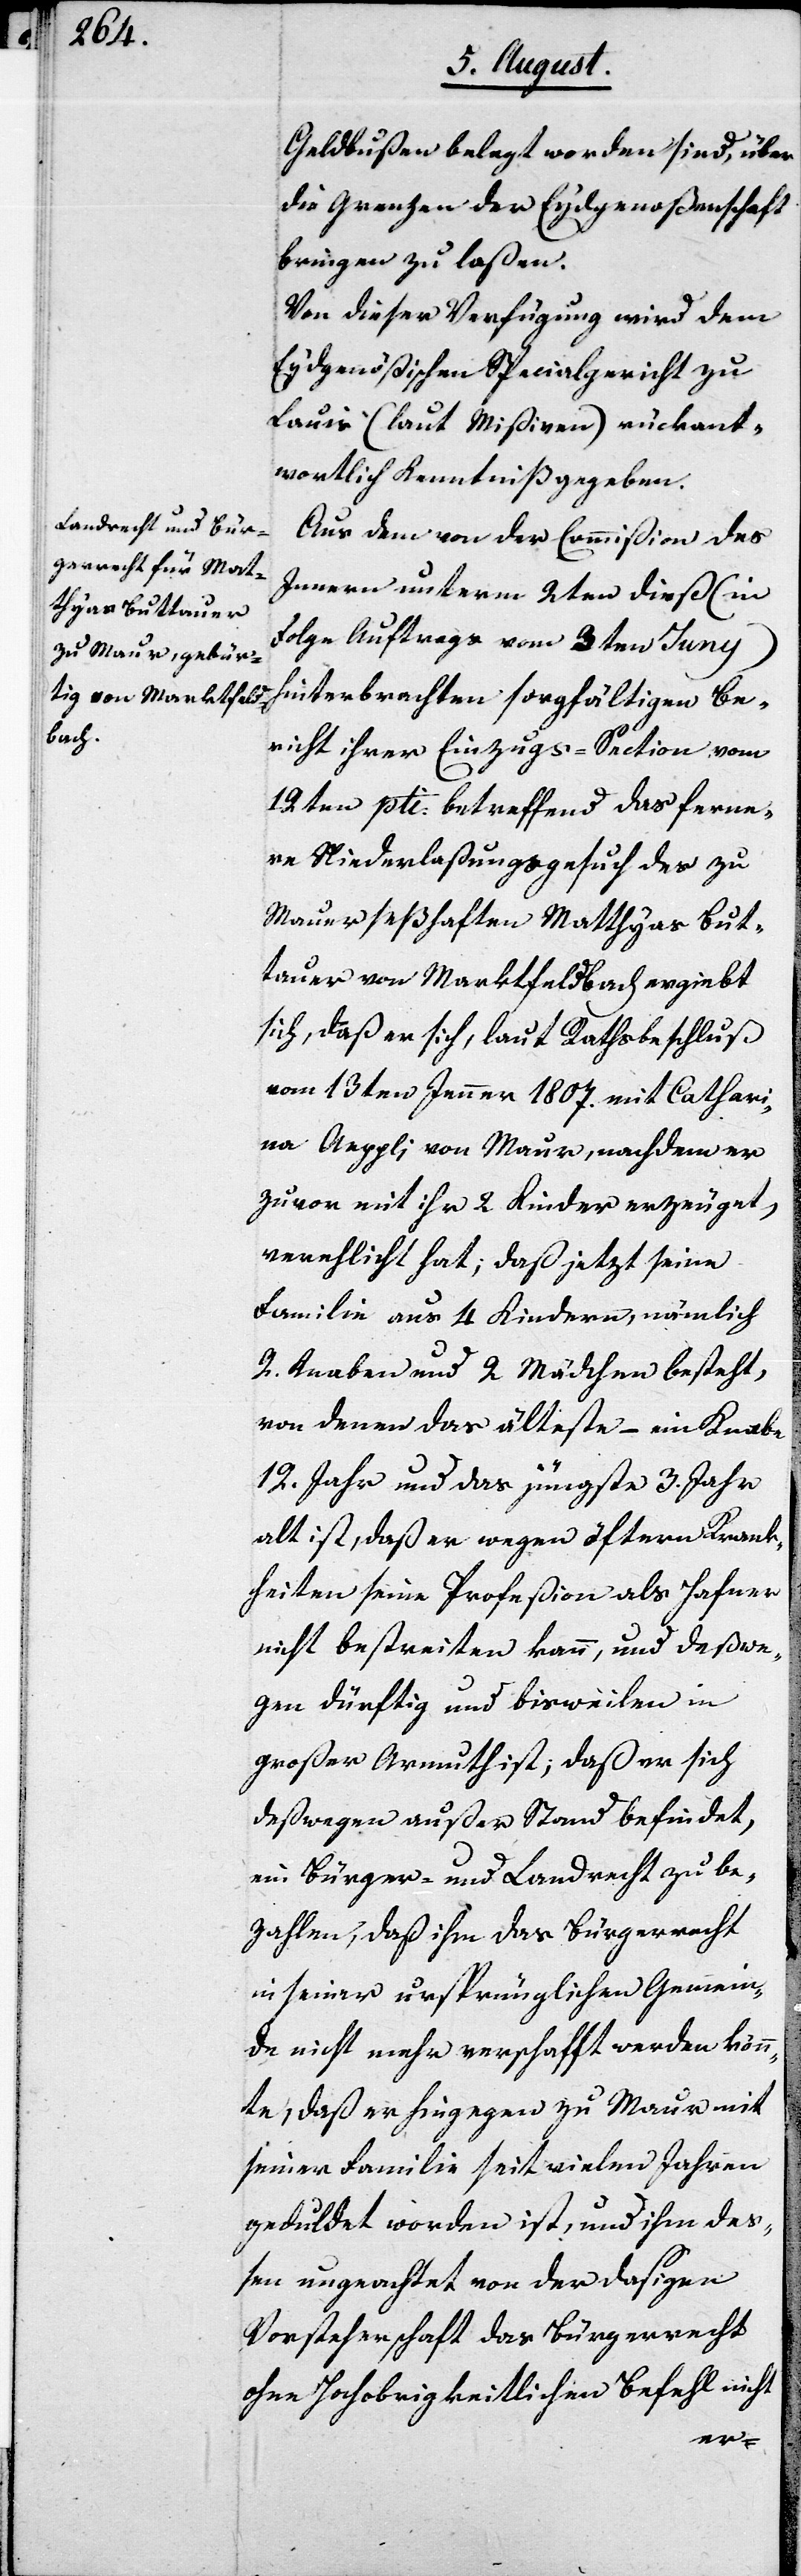
Geldbuße belegt worden sind, über
die Grenze der Eydgenoßenschaft
bringen zu laßen.
Von dieser Verfügung wird dem
Eydgenößischen Spezialgericht zu
Lauis (laut Mißiven) rückant¬
wortlich Kenntniß gegeben.
Aus dem von der Commißion des
Innern unterm 2ten dieß (in
Folge Auftrags vom 3ten Juny)
hinterbrachten sorgfältigen Be¬
richt ihrer Einzugs-Section vom
12ten pti betreffend das ferne¬
re Niederlaßungsgesuch des zu
Maur seßhaften Matthyas But¬
tauer von Marktfeldbach ergiebt
sich, daß er sich, laut Rathsbeschluß
vom 13ten Jenner 1807 mit Cathari¬
na Aeppli von Maur, nachdem er
zuvor mit ihr 2 Kinder erzeugt,
verehelicht hat; daß jetzt seine
Familie aus 4 Kindern, nämlich
2 Knaben und 2 Mädchen besteht,
von denen das älteste – ein Knabe
12 Jahre und das jüngste 3 Jahre
alt ist, daß er wegen öftern Krank¬
heiten seine Profeßion als Hafner
nicht bestreiten kann, und deßwe¬
gen dürftig und bisweilen in
großer Armuth ist; daß er sich
deßwegen außer Stand befindet,
ein Bürger- oder Landrecht zu be¬
zahlen, daß ihm das Bürgerrecht
in seiner ursprünglichen Gemein¬
de nicht mehr verschafft werden könn¬
te, daß er hingegen zu Maur mit
seiner Familie seit vielen Jahren
geduldet worden ist, und ihn deß¬
en ungeachtet von der dasigen
Vorsteherschaft das Bürgerrecht
ohne Hochobrigkeitlichen Befehl nicht